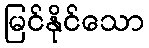
မြင်နိုင်သော